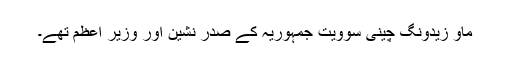
ماو زیدونگ چینی سوویت جمہوریہ کے صدر نشین اور وزیر اعظم تھے۔